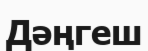
Дәңгеш